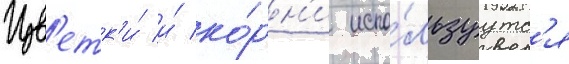
Цв'етк'и́ и́ ко́рн'и испо́льзуутс'я